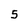
Character: 5